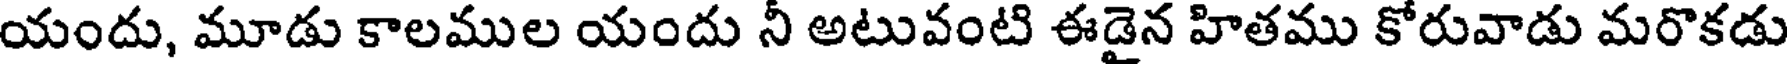
యందు, మూడు కాలముల యందు నీ అటువంటి ఈడైన హితము కోరువాడు మరొకడు